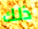
ذلك